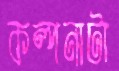
কল্পনাটা